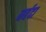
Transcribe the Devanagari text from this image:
नर्बदा